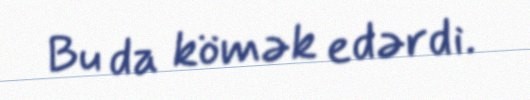
Bu da kömək edərdi.